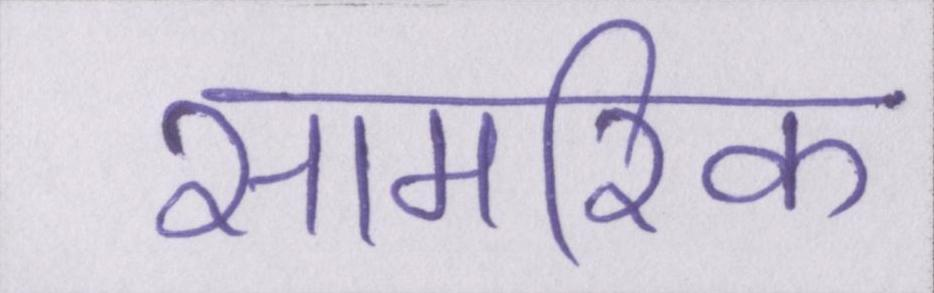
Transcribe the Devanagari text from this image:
सामरिक